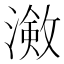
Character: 𭲠